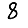
Digit: 8